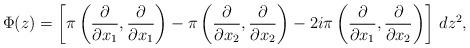
LaTeX: \begin{align*} \Phi(z)=\left[ \pi \left( \frac{\partial}{\partial x_1},\frac{\partial}{\partial x_1} \right) - \pi \left( \frac{\partial}{\partial x_2},\frac{\partial}{\partial x_2} \right) -2i \pi \left( \frac{\partial}{\partial x_1},\frac{\partial}{\partial x_2}\right) \right] \, dz^2,\end{align*}